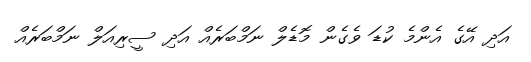
އަދި އޭގެ އެންމެ ކުޑަ ވެގެން މޮޑެލް ނަމްބަރެއް އަދި ސީރިއަލް ނަމްބަރެއް